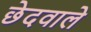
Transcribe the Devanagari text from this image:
छेदवाले